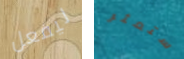
ليفعل ستعثر